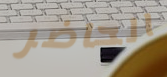
الحاضر